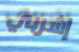
إشربي